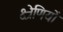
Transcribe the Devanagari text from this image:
क्ष्रेणियों